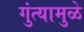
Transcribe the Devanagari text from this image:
गुंत्यामुळे